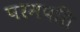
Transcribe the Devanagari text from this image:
परमपति